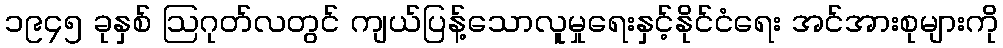
၁၉၄၅ ခုနှစ် ဩဂုတ်လတွင် ကျယ်ပြန့်သောလူမှုရေးနှင့်နိုင်ငံရေး အင်အားစုများကို